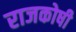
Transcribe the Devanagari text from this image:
राजकोषी